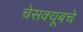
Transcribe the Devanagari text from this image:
चेसक्यूबचे